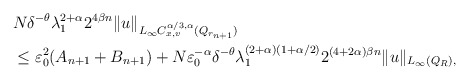
\begin{align*} \begin{aligned} & N \delta^{-\theta} \lambda_1^{2+\alpha} 2^{4 \beta n} \|u\|_{L_{\infty} C^{\alpha/3, \alpha}_{x, v} (Q_{ r_{n+1}}) }\\ & \le \varepsilon_0^2 (A_{n+1} + B_{n+1}) + N \varepsilon^{-\alpha}_0 \delta^{-\theta} \lambda_1^{(2+\alpha)(1+\alpha/2)} 2^{ (4 + 2 \alpha) \beta n} \|u\|_{ L_{\infty} (Q_R), } \end{aligned} \end{align*}